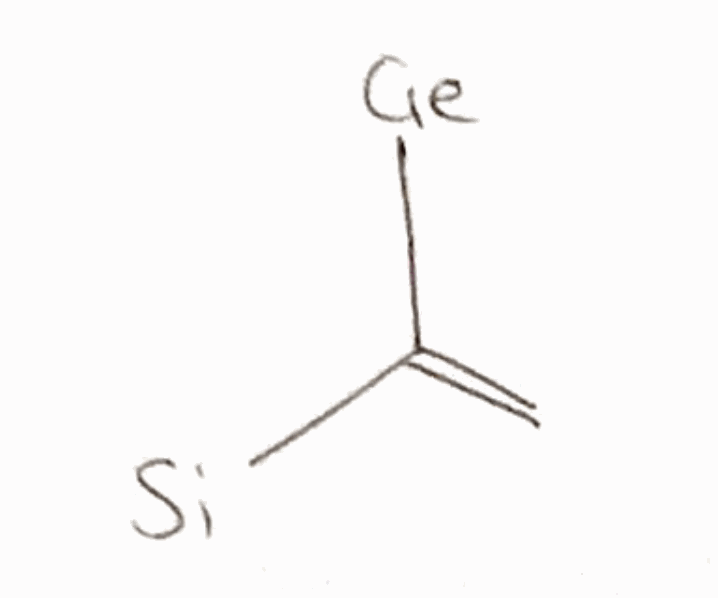
Simplified molecular-input line-entry system (SMILES) notation of the given molecule:
C=C([Si])[Ge]